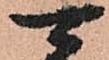
可